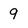
Character: 9